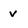
Character: v